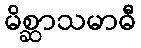
မိစ္ဆာသမာဓီ